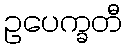
ဥပေက္ခတီ